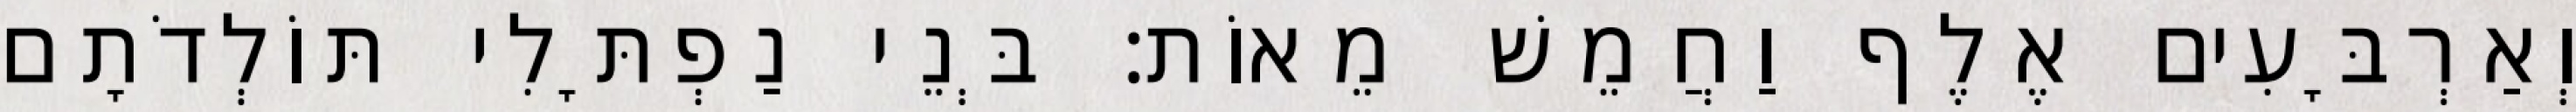
וְאַרְבָּעִים אֶלֶף וַחֲמֵשׁ מֵאוֹת׃ בְּנֵי נַפְתָּלִי תּוֹלְדֹתָם